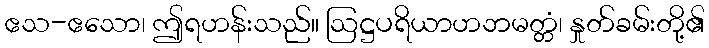
ဧသ-ဧသော၊ ဤရဟန်းသည်။ ဩဋ္ဌပရိယာဟဘမတ္တံ၊ နှုတ်ခမ်းတို့၏